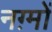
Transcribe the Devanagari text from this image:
नग़्मों